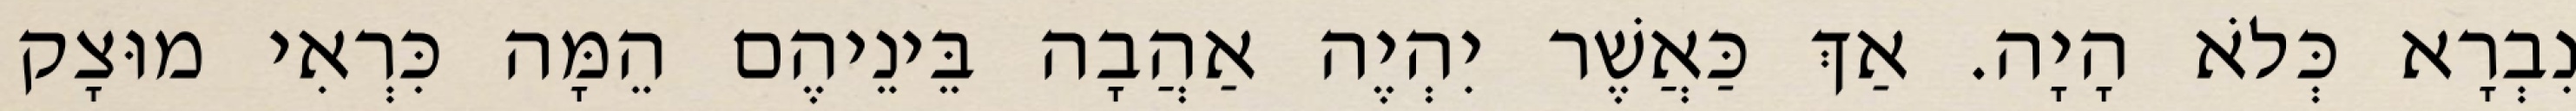
נִבְרָא כְּלֹא הָיָה. אַךְ כַּאֲשֶׁר יִהְיֶה אַהֲבָה בֵּינֵיהֶם הֵמָּה כִּרְאִי מוּצָק